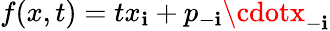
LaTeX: f(x,t)=tx_{\mathbf{i}}+p_{-\mathbf{i}}\cdotx_{-\mathbf{i}}